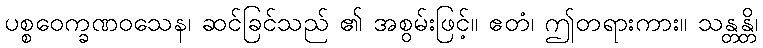
ပစ္စဝေက္ခဏဝသေန၊ ဆင်ခြင်သည် ၏ အစွမ်းဖြင့်။ ဧတံ၊ ဤတရားကား။ သန္တန္တိ၊